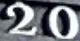
20